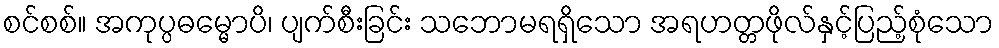
စင်စစ်။ အကုပ္ပဓမ္မောပိ၊ ပျက်စီးခြင်း သဘောမရရှိသော အရဟတ္တဖိုလ်နှင့်ပြည့်စုံသော